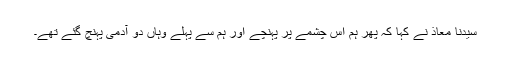
سیدنا معاذؓ نے کہا کہ پھر ہم اس چشمے پر پہنچے اور ہم سے پہلے وہاں دو آدمی پہنچ گئے تھے۔